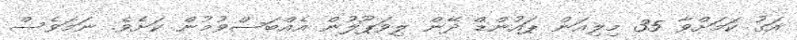
އަގު ކަމަށްވާ 35 މިލިއަން ޕައުންޑް ދޭން ލިވަޕޫލުން އެއްބަސްވުމުން ކަށެވެ. ނަމަވެސް